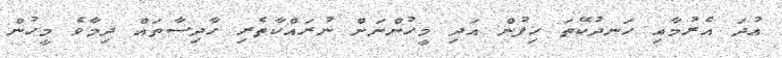
އުދަ އެރުމާއި ހަނދުކޭތަ ހިފުން އަދި މީހުންނަށް ނުރައްކާތެރި ހާދިސާތައް ދިމާވެ މީހުން